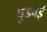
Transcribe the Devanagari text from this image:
पुड़वई